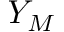
Y _ { M }